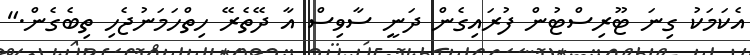
އެކަމަކު ގިނަ ޓޫރިސްޓުން ފުރައިގެން ދަނީ ސާވިސް އާ ދޭތެރޭ ހިތްހަމަނުޖެހި ތިބެގެން."